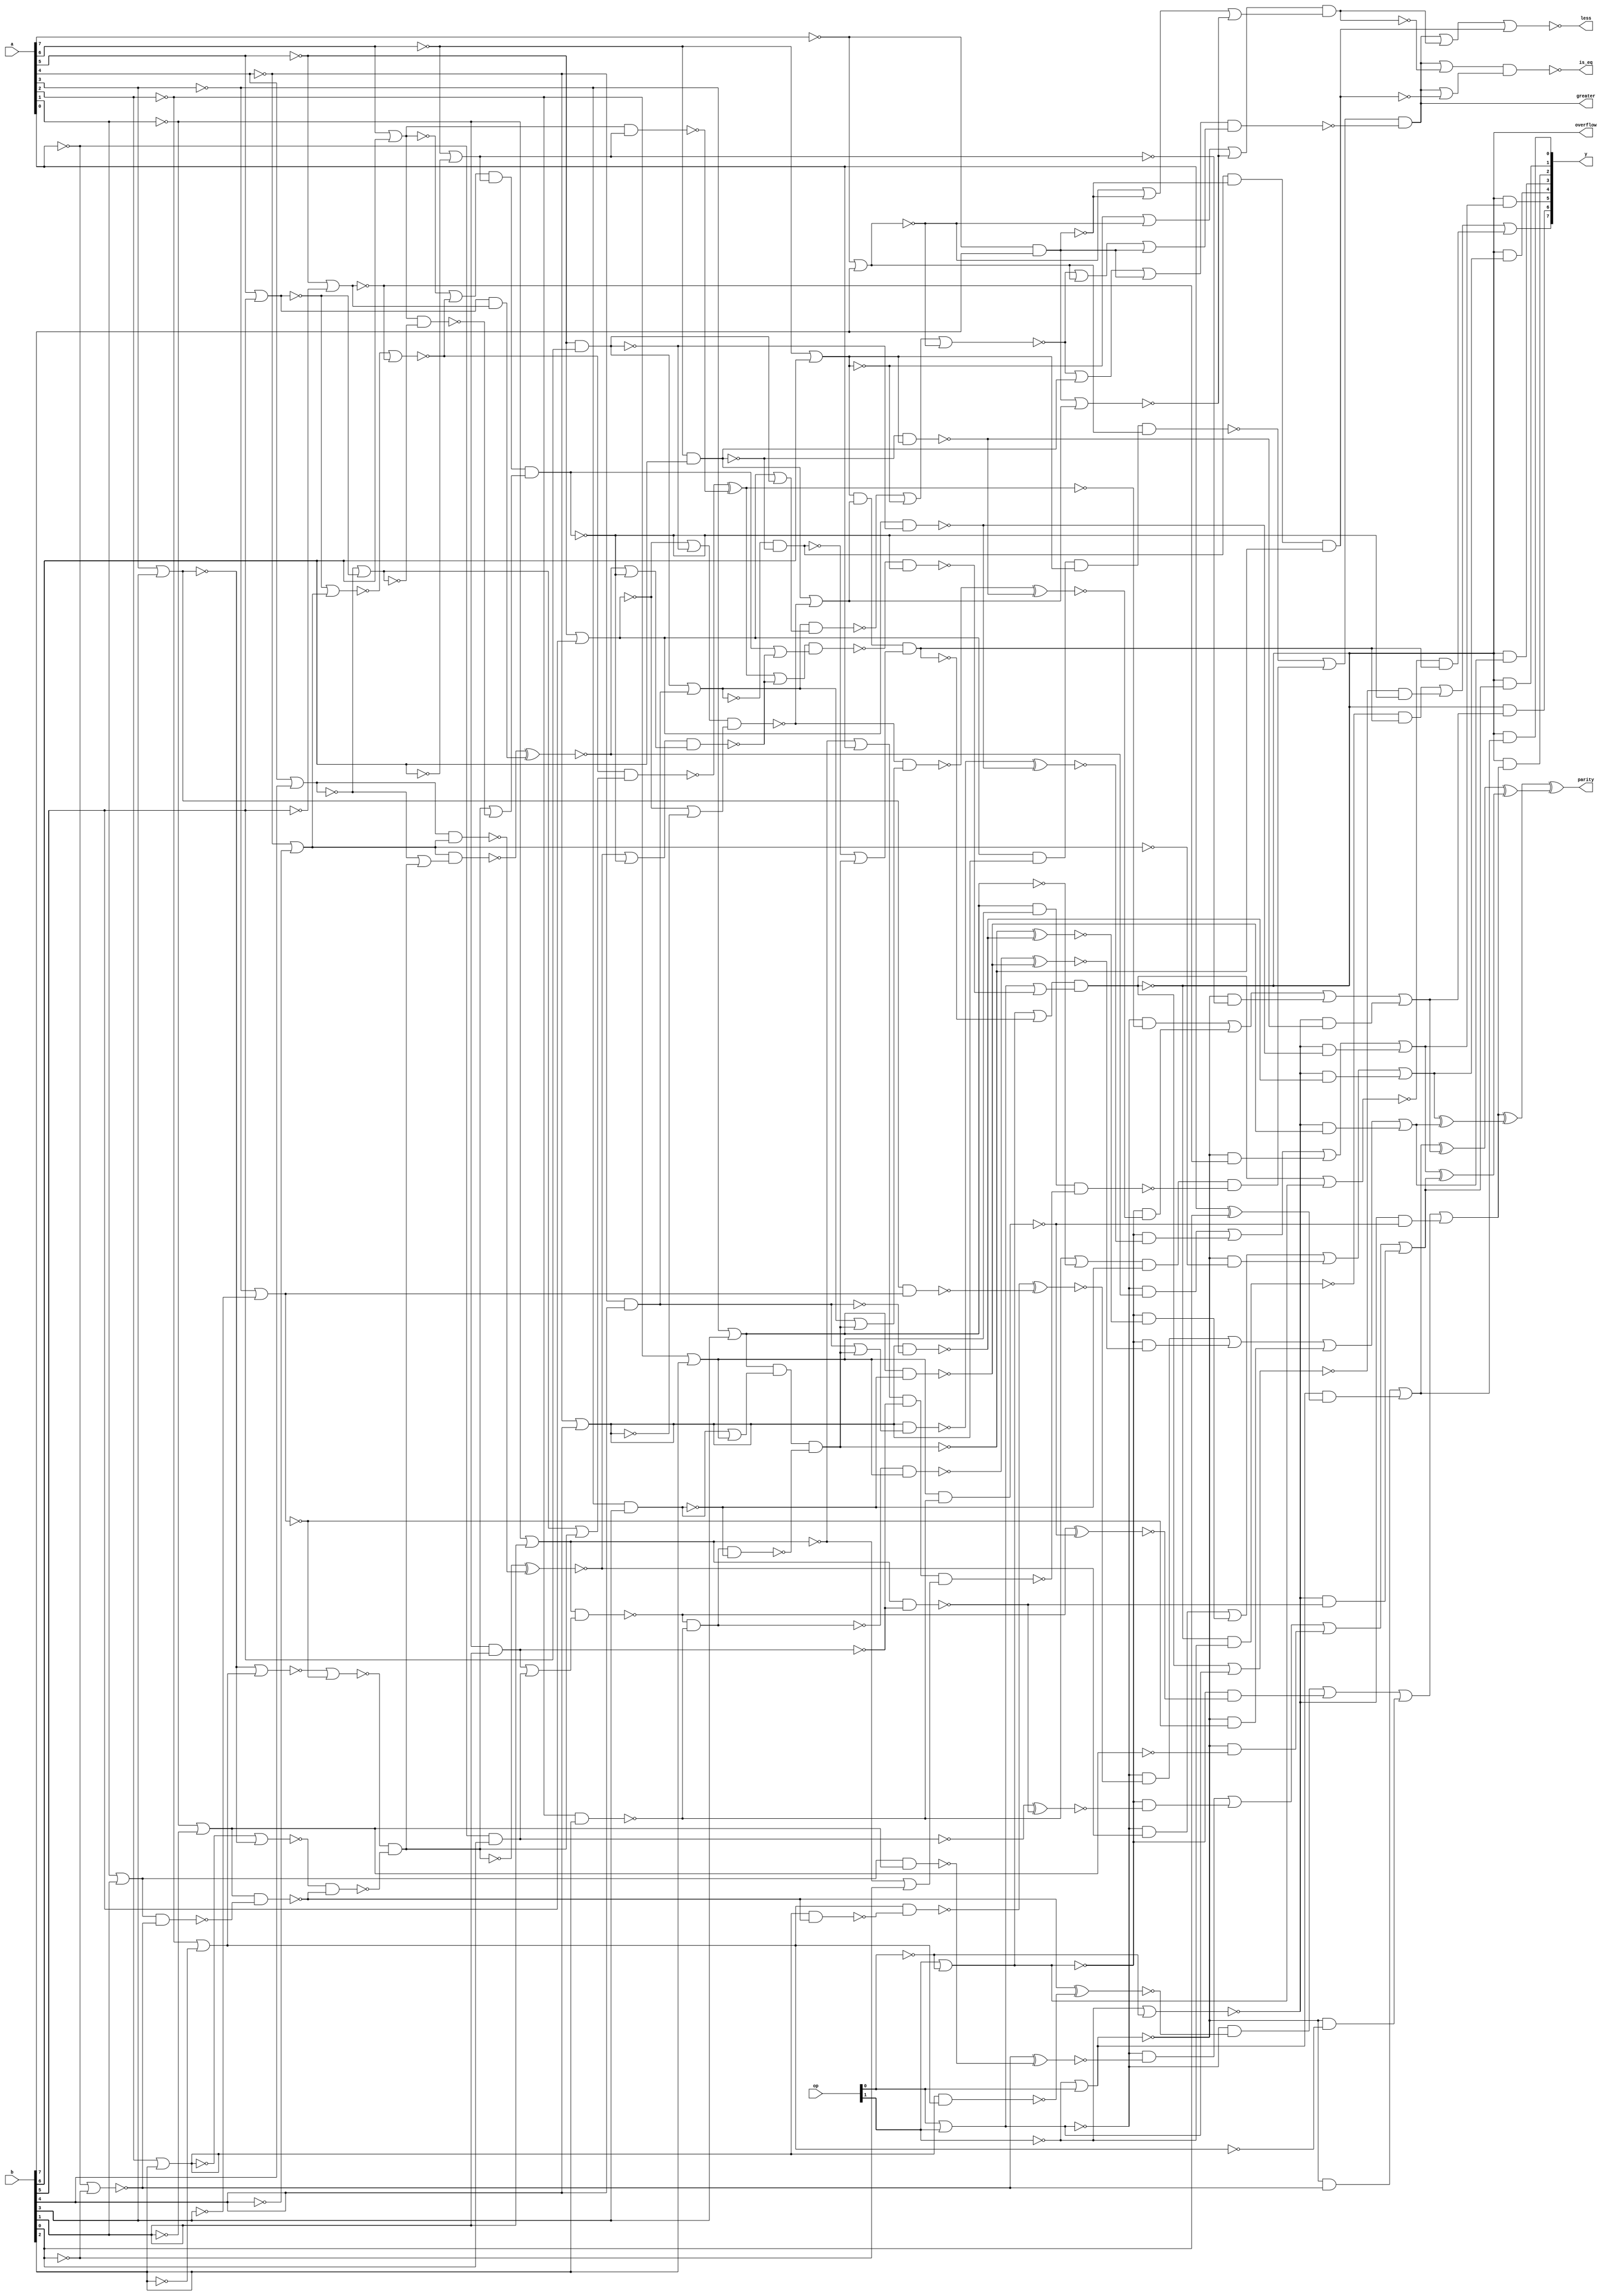
//
// Conformal-LEC: Version 11.10-d208 (10-Mar-2012) (64 bit executable)
//
module top(a, b, op, y, parity, overflow, greater, is_eq, less);

output parity, overflow, greater, is_eq, less;
input   [7:0] a;
input   [7:0] b;
input   [1:0] op;
output  [7:0] y;
wire  \mux_44_12_g156/w_0 , \mux_44_12_g156/w_1 , \mux_44_12_g156/w_2 , 
    \mux_temp_y_21_12_g792/w_0 , \mux_temp_y_21_12_g792/w_1 , 
    \mux_temp_y_21_12_g19/w_0 , \mux_temp_y_21_12_g19/w_1 , 
    \mux_temp_y_21_12_g19/w_2 , \mux_temp_y_21_12_g19/w_3 , 
    \mux_temp_y_21_12_g18/w_0 , \mux_temp_y_21_12_g18/w_1 , 
    \mux_temp_y_21_12_g18/w_2 , \mux_temp_y_21_12_g18/w_3 , 
    \mux_temp_y_21_12_g17/w_0 , \mux_temp_y_21_12_g17/w_1 , 
    \mux_temp_y_21_12_g17/w_2 , \mux_temp_y_21_12_g17/w_3 , 
    \mux_temp_y_21_12_g16/w_0 , \mux_temp_y_21_12_g16/w_1 , 
    \mux_temp_y_21_12_g16/w_2 , \mux_temp_y_21_12_g16/w_3 , 
    \mux_temp_y_21_12_g15/w_0 , \mux_temp_y_21_12_g15/w_1 , 
    \mux_temp_y_21_12_g15/w_2 , \mux_temp_y_21_12_g15/w_3 , 
    \mux_temp_y_21_12_g10/w_0 , \mux_temp_y_21_12_g10/w_1 , 
    \mux_temp_y_21_12_g10/w_2 , \mux_temp_y_21_12_g10/w_3 , sub_29_29_n_1105, 
    sub_29_29_n_1103, sub_29_29_n_320, sub_29_29_n_69, sub_29_29_n_66, 
    sub_29_29_n_63, sub_29_29_n_59, sub_29_29_n_54, sub_29_29_n_37, 
    sub_29_29_n_32, n_1123, n_1114, n_1113, n_1112, n_1111, n_1106, n_1104, 
    n_1102, n_1101, n_1099, n_1098, n_1097, n_1096, n_1095, n_988, n_987, 
    n_986, n_985, n_984, n_983, n_982, n_981, n_980, n_979, n_978, n_977, 
    n_976, n_975, n_974, n_973, n_972, n_971, n_970, n_969, n_968, n_967, 
    n_966, n_965, n_964, n_963, n_962, n_961, n_960, n_959, n_958, n_957, 
    n_956, n_955, n_954, n_953, n_952, n_951, n_950, n_949, n_948, n_947, 
    n_946, n_945, n_944, n_943, n_942, n_940, n_939, n_938, n_937, n_936, 
    n_935, n_934, n_933, n_932, n_931, n_930, n_929, n_928, n_927, n_926, 
    n_925, n_924, n_923, n_922, n_921, n_920, n_919, n_918, n_917, n_916, 
    n_915, n_914, n_913, n_912, n_911, n_910, n_909, n_908, n_907, n_906, 
    n_905, n_904, n_903, n_902, n_901, n_900, n_898, n_897, n_895, n_894, 
    n_892, n_891, n_890, n_889, n_888, n_887, n_886, n_885, n_884, n_883, 
    n_882, n_881, n_880, n_878, n_877, n_876, n_875, n_874, n_873, n_872, 
    n_871, n_870, n_869, n_867, n_866, n_865, n_864, n_863, n_862, n_861, 
    n_860, n_859, n_858, n_857, n_856, n_840, n_827, n_806, n_805, n_620, 
    n_619, n_618, n_617, n_616, n_615, n_437, n_436, n_435, n_431, n_429, 
    n_428, n_419, n_416, n_415, n_397, n_395, n_379, n_367, n_323, n_318, 
    n_308, n_301, n_300, n_298, n_136, n_135, n_133, n_132, n_131, n_130, 
    n_129, n_77, n_76, n_75, n_74, n_73, n_43, n_41, n_39, n_38, n_37, n_35, 
    n_34, n_33, n_31, n_30, n_29, n_26, n_25, n_23, n_22, n_21, n_19, n_18, 
    n_17, n_16, gt_39_12_n_57, gt_39_12_n_52, gt_39_12_n_46, gt_25_24_n_35, 
    add_24_29_n_1115, add_24_29_n_57, add_24_29_n_55, add_24_29_n_53, 
    add_24_29_n_51, add_24_29_n_50, add_24_29_n_49, add_24_29_n_48, 
    add_24_29_n_47, add_24_29_n_43, add_24_29_n_39, add_24_29_n_37, 
    add_24_29_n_33, add_24_29_n_27, less, is_eq, greater, overflow, parity;
wire  \mux_44_12_g156/data0 ;
wire   [7:0] y;
wire   [1:0] op;
wire   [7:0] b;
wire   [7:0] a;
  assign \mux_44_12_g156/data0  = 1'b0;
  or \mux_44_12_g156/org (y[7], \mux_44_12_g156/w_0 , \mux_44_12_g156/w_1 , 
    \mux_44_12_g156/w_2 );
  and \mux_44_12_g156/a_2 (\mux_44_12_g156/w_2 , n_988, n_43);
  and \mux_44_12_g156/a_1 (\mux_44_12_g156/w_1 , n_987, n_41);
  and \mux_44_12_g156/a_0 (\mux_44_12_g156/w_0 , n_986, n_43 );
  or \mux_temp_y_21_12_g792/org (n_129, \mux_temp_y_21_12_g792/w_0 , 
    \mux_temp_y_21_12_g792/w_1 );
  and \mux_temp_y_21_12_g792/a_1 (\mux_temp_y_21_12_g792/w_1 , n_805, n_16);
  and \mux_temp_y_21_12_g792/a_0 (\mux_temp_y_21_12_g792/w_0 , n_318, n_1114);
  or \mux_temp_y_21_12_g19/org (n_136, \mux_temp_y_21_12_g19/w_0 , 
    \mux_temp_y_21_12_g19/w_1 , \mux_temp_y_21_12_g19/w_2 , 
    \mux_temp_y_21_12_g19/w_3 );
  and \mux_temp_y_21_12_g19/a_3 (\mux_temp_y_21_12_g19/w_3 , n_301, n_616);
  and \mux_temp_y_21_12_g19/a_2 (\mux_temp_y_21_12_g19/w_2 , n_318, n_35);
  and \mux_temp_y_21_12_g19/a_1 (\mux_temp_y_21_12_g19/w_1 , n_1095, n_34);
  and \mux_temp_y_21_12_g19/a_0 (\mux_temp_y_21_12_g19/w_0 , n_1111, n_33);
  or \mux_temp_y_21_12_g18/org (n_135, \mux_temp_y_21_12_g18/w_0 , 
    \mux_temp_y_21_12_g18/w_1 , \mux_temp_y_21_12_g18/w_2 , 
    \mux_temp_y_21_12_g18/w_3 );
  and \mux_temp_y_21_12_g18/a_3 (\mux_temp_y_21_12_g18/w_3 , n_301, n_615);
  and \mux_temp_y_21_12_g18/a_2 (\mux_temp_y_21_12_g18/w_2 , n_318, n_39);
  and \mux_temp_y_21_12_g18/a_1 (\mux_temp_y_21_12_g18/w_1 , n_1095, n_38);
  and \mux_temp_y_21_12_g18/a_0 (\mux_temp_y_21_12_g18/w_0 , n_1111, n_37);
  or \mux_temp_y_21_12_g17/org (n_133, \mux_temp_y_21_12_g17/w_0 , 
    \mux_temp_y_21_12_g17/w_1 , \mux_temp_y_21_12_g17/w_2 , 
    \mux_temp_y_21_12_g17/w_3 );
  and \mux_temp_y_21_12_g17/a_3 (\mux_temp_y_21_12_g17/w_3 , n_301, n_620);
  and \mux_temp_y_21_12_g17/a_2 (\mux_temp_y_21_12_g17/w_2 , n_318, n_1113);
  and \mux_temp_y_21_12_g17/a_1 (\mux_temp_y_21_12_g17/w_1 , n_1095, n_26);
  and \mux_temp_y_21_12_g17/a_0 (\mux_temp_y_21_12_g17/w_0 , n_1111, n_25);
  or \mux_temp_y_21_12_g16/org (n_132, \mux_temp_y_21_12_g16/w_0 , 
    \mux_temp_y_21_12_g16/w_1 , \mux_temp_y_21_12_g16/w_2 , 
    \mux_temp_y_21_12_g16/w_3 );
  and \mux_temp_y_21_12_g16/a_3 (\mux_temp_y_21_12_g16/w_3 , n_301, n_619);
  and \mux_temp_y_21_12_g16/a_2 (\mux_temp_y_21_12_g16/w_2 , n_318, n_31);
  and \mux_temp_y_21_12_g16/a_1 (\mux_temp_y_21_12_g16/w_1 , n_1095, n_30);
  and \mux_temp_y_21_12_g16/a_0 (\mux_temp_y_21_12_g16/w_0 , n_1111, n_29);
  or \mux_temp_y_21_12_g15/org (n_131, \mux_temp_y_21_12_g15/w_0 , 
    \mux_temp_y_21_12_g15/w_1 , \mux_temp_y_21_12_g15/w_2 , 
    \mux_temp_y_21_12_g15/w_3 );
  and \mux_temp_y_21_12_g15/a_3 (\mux_temp_y_21_12_g15/w_3 , n_301, n_618);
  and \mux_temp_y_21_12_g15/a_2 (\mux_temp_y_21_12_g15/w_2 , n_318, n_23);
  and \mux_temp_y_21_12_g15/a_1 (\mux_temp_y_21_12_g15/w_1 , n_1095, n_22);
  and \mux_temp_y_21_12_g15/a_0 (\mux_temp_y_21_12_g15/w_0 , n_1111, n_21);
  or \mux_temp_y_21_12_g10/org (n_130, \mux_temp_y_21_12_g10/w_0 , 
    \mux_temp_y_21_12_g10/w_1 , \mux_temp_y_21_12_g10/w_2 , 
    \mux_temp_y_21_12_g10/w_3 );
  and \mux_temp_y_21_12_g10/a_3 (\mux_temp_y_21_12_g10/w_3 , n_301, n_617);
  and \mux_temp_y_21_12_g10/a_2 (\mux_temp_y_21_12_g10/w_2 , n_318, n_19);
  and \mux_temp_y_21_12_g10/a_1 (\mux_temp_y_21_12_g10/w_1 , n_1095, n_18);
  and \mux_temp_y_21_12_g10/a_0 (\mux_temp_y_21_12_g10/w_0 , n_1111, n_17);
  nor add_24_29_g10(add_24_29_n_33, a[3], b[3]);
  nor add_24_29_g12(add_24_29_n_43, a[4], b[4]);
  nor add_24_29_g14(add_24_29_n_39, a[5], b[5]);
  nor add_24_29_g16(add_24_29_n_50, a[6], b[6]);
  nor add_24_29_g23(add_24_29_n_48, n_880, n_1113);
  nor add_24_29_g24(add_24_29_n_47, add_24_29_n_37, add_24_29_n_33);
  nor add_24_29_g27(add_24_29_n_51, n_884, n_35);
  nor add_24_29_g28(add_24_29_n_55, add_24_29_n_43, add_24_29_n_39);
  nand add_24_29_g32(add_24_29_n_49, add_24_29_n_47, add_24_29_n_1115);
  nand add_24_29_g33(add_24_29_n_57, add_24_29_n_48, add_24_29_n_49);
  nor add_24_29_g34(add_24_29_n_53, add_24_29_n_50, add_24_29_n_51);
  xnor add_24_29_g48(n_17, n_1114, n_965);
  xnor add_24_29_g50(n_21, add_24_29_n_1115, n_966);
  xnor add_24_29_g53(n_25, n_972, n_970);
  xnor add_24_29_g55(n_29, add_24_29_n_57, n_969);
  xnor add_24_29_g58(n_33, n_979, n_968);
  nor add_24_29_g6(add_24_29_n_27, a[1], b[1]);
  xnor add_24_29_g60(n_37, n_978, n_967);
  nor add_24_29_g8(add_24_29_n_37, a[2], b[2]);
  xor g15(n_16, a[0], b[0]);
  xor g21(n_74, n_129, n_135);
  xor g22(n_75, n_136, n_130);
  xor g23(n_76, n_131, n_73);
  xor g24(n_77, n_74, n_75);
  xor g25(parity, n_76, n_77);
  xor g3(n_73, n_132, n_133);
  not gt_39_12_g10(greater, n_840);
  nand sub_29_29_g38(sub_29_29_n_54, sub_29_29_n_320, n_1104);
  nand sub_29_29_g46(sub_29_29_n_69, sub_29_29_n_63, n_300);
  xnor sub_29_29_g56(n_18, sub_29_29_n_37, n_617);
  xnor sub_29_29_g58(n_22, sub_29_29_n_320, n_618);
  xnor sub_29_29_g61(n_26, n_977, n_620);
  xnor sub_29_29_g63(n_30, sub_29_29_n_1105, n_619);
  xnor sub_29_29_g66(n_34, n_985, n_616);
  xnor sub_29_29_g68(n_38, n_984, n_615);
  not sub_29_29_g9(n_43, sub_29_29_n_32);
  nor g251(n_395, n_916, n_1096, gt_39_12_n_57);
  nor g287(n_419, n_1102, a[0]);
  nor g298(n_429, n_1096, gt_39_12_n_57, n_397);
  nor g299(n_428, gt_39_12_n_57, n_323, n_397);
  nor g303(n_431, n_1104, gt_39_12_n_46);
  not g793(n_805, n_318);
  not g904(n_872, a[7]);
  not g907(n_875, add_24_29_n_33);
  not g915(n_881, n_1113);
  not g916(n_882, add_24_29_n_37);
  not g931(n_891, gt_39_12_n_52);
  not g933(n_892, n_308);
  nor g936(gt_39_12_n_57, n_872, b[7]);
  not g937(n_894, gt_39_12_n_57);
  nand g938(n_895, n_891, n_892, n_1097, n_894);
  not g942(n_897, n_431);
  not g949(n_901, n_419);
  nor g952(n_903, n_1102, n_871);
  not g953(n_904, n_903);
  nand g954(n_905, n_901, sub_29_29_n_1103, n_904);
  nand g955(n_906, n_1098, n_1101, n_905);
  nand g956(n_907, n_897, n_1099, n_906);
  not g957(n_908, n_907);
  nor g958(n_909, n_895, n_908);
  not g959(n_910, n_909);
  not g965(n_913, sub_29_29_n_63);
  nor g966(n_914, n_891, n_911);
  not g967(n_915, n_914);
  nand g968(n_916, n_913, n_915);
  nand g971(n_323, n_872, b[7]);
  not g972(n_918, n_323);
  nor g973(n_919, n_395, n_917, n_918);
  not g974(n_920, n_919);
  nor g975(n_921, n_395, n_894, n_918);
  not g976(n_922, n_921);
  nand g977(n_923, n_920, n_922);
  nand g978(n_840, n_910, n_923);
  not g985(n_928, sub_29_29_n_69);
  nor g992(n_397, n_918, n_932);
  not g993(n_933, n_429);
  not g994(n_934, n_428);
  nand g995(n_367, n_933, n_934);
  not g996(n_935, n_367);
  nor g997(n_936, greater, n_367);
  not g998(n_937, n_936);
  nand g1004(n_379, n_928, n_323, sub_29_29_n_1105);
  not g1005(n_942, n_379);
  nor g1006(n_943, greater, n_379);
  not g1007(n_944, n_943);
  nand g1008(is_eq, n_937, n_944);
  nor g1009(less, greater, n_935, n_942);
  nor g1036(n_318, n_1123, op[0]);
  nor g1037(n_301, n_1123, n_869);
  nand g1038(n_965, n_888, n_887);
  nand g1039(n_966, n_882, n_1112);
  nand g1041(n_615, n_300, n_1097);
  nand g1043(n_616, n_891, n_298);
  nand g1044(n_617, n_900, sub_29_29_n_1103);
  nand g1045(n_618, n_1101, n_1104);
  nand g1047(n_619, n_892, sub_29_29_n_66);
  nand g1048(n_970, n_875, n_881);
  nand g1049(n_620, n_1098, n_1099);
  nand g1050(n_971, n_882, add_24_29_n_1115);
  nand g1051(n_972, n_1112, n_971);
  nand g1056(n_977, sub_29_29_n_54, n_1101);
  nor g1059(n_980, n_913, n_1106);
  not g1060(n_981, n_980);
  nor g1061(n_982, n_912, n_1106);
  not g1062(n_983, n_982);
  nand g1063(n_984, sub_29_29_n_59, n_981);
  nand g1064(n_985, n_892, n_983);
  not g901(n_869, op[0]);
  nor g1029(n_1095, op[1], n_869);
  not g1030(n_960, n_1095);
  not g895(n_863, a[6]);
  nor g934(n_1096, n_863, b[6]);
  not g935(n_1097, n_1096);
  nand g969(n_300, n_863, b[6]);
  not g970(n_917, n_300);
  not g893(n_861, a[5]);
  nor g930(gt_39_12_n_52, n_861, b[5]);
  nand g960(n_298, n_861, b[5]);
  nor g282(n_416, gt_39_12_n_52, n_298);
  not g987(n_930, n_416);
  not g891(n_859, a[4]);
  nor g932(n_308, n_859, b[4]);
  nor g283(n_415, gt_39_12_n_52, n_308);
  not g988(n_931, n_415);
  nand g989(sub_29_29_n_59, n_930, n_931);
  nor g990(n_827, n_917, sub_29_29_n_59);
  not g991(n_932, n_827);
  not g961(n_911, n_298);
  nand g962(sub_29_29_n_66, n_859, b[4]);
  not g963(n_912, sub_29_29_n_66);
  nor g964(sub_29_29_n_63, n_911, n_912);
  not g889(n_857, a[3]);
  nor g940(gt_39_12_n_46, n_857, b[3]);
  not g941(n_1098, gt_39_12_n_46);
  nand g943(n_1099, n_857, b[3]);
  not g944(n_898, n_1099);
  not g899(n_867, a[2]);
  nor g945(n_806, n_867, b[2]);
  not g946(n_1101, n_806);
  nor g999(n_938, n_898, n_1101);
  not g1000(n_939, n_938);
  not g897(n_865, a[1]);
  nor g947(n_1102, n_865, b[1]);
  not g948(n_900, n_1102);
  nand g950(sub_29_29_n_1103, n_865, b[1]);
  not g951(n_902, sub_29_29_n_1103);
  not g902(n_870, a[0]);
  nand g979(sub_29_29_n_37, n_870, b[0]);
  not g980(n_924, sub_29_29_n_37);
  nor g981(n_925, n_902, n_924);
  not g982(n_926, n_925);
  nand g983(sub_29_29_n_320, n_900, n_926);
  nand g939(n_1104, n_867, b[2]);
  not g984(n_927, sub_29_29_n_54);
  nand g1001(n_940, n_927, n_1099);
  nand g1002(sub_29_29_n_1105, n_1098, n_939, n_940);
  not g1003(n_1106, sub_29_29_n_1105);
  nor g1010(n_945, sub_29_29_n_69, n_1106);
  not g1011(n_946, n_945);
  nand g1012(sub_29_29_n_32, n_1097, n_932, n_946);
  nor g1031(n_961, n_960, sub_29_29_n_32);
  not g1032(n_962, n_961);
  nor g108(n_1111, op[0], op[1]);
  not g986(n_929, n_1111);
  not g890(n_858, b[4]);
  nor g917(n_31, n_859, n_858);
  not g918(n_883, n_31);
  nor g919(n_884, add_24_29_n_39, n_883);
  not g892(n_860, b[5]);
  nor g920(n_35, n_861, n_860);
  not g922(n_886, add_24_29_n_55);
  not g898(n_866, b[2]);
  nor g911(n_23, n_867, n_866);
  not g912(n_1112, n_23);
  nor g913(n_880, add_24_29_n_33, n_1112);
  not g888(n_856, b[3]);
  nor g914(n_1113, n_857, n_856);
  not g896(n_864, b[1]);
  nor g923(n_19, n_865, n_864);
  not g924(n_887, n_19);
  not g925(n_888, add_24_29_n_27);
  not g903(n_871, b[0]);
  nor g926(n_1114, n_870, n_871);
  nand g927(n_889, n_888, n_1114);
  nand g928(add_24_29_n_1115, n_887, n_889);
  not g1013(n_947, add_24_29_n_57);
  nor g1052(n_973, n_886, n_947);
  not g1053(n_974, n_973);
  nand g1057(n_978, add_24_29_n_51, n_974);
  not g910(n_878, add_24_29_n_50);
  not g894(n_862, b[6]);
  nor g1014(n_39, n_863, n_862);
  not g1015(n_948, n_39);
  nand g1040(n_967, n_878, n_948);
  not g905(n_873, n_37);
  not g908(n_876, add_24_29_n_43);
  nand g1046(n_969, n_876, n_883);
  not g929(n_890, add_24_29_n_53);
  nand g1016(n_949, n_878, add_24_29_n_55);
  nor g1017(n_950, n_947, n_949);
  not g1018(n_951, n_950);
  nand g1019(n_41, n_890, n_948, n_951);
  nor g307(n_436, n_29, n_41);
  not g1021(n_953, n_436);
  nor g1054(n_975, add_24_29_n_43, n_947);
  not g1055(n_976, n_975);
  nand g1058(n_979, n_883, n_976);
  not g909(n_877, add_24_29_n_39);
  not g921(n_885, n_35);
  and g1042(n_968, n_877, n_885);
  nor g308(n_435, n_33, n_41);
  not g1022(n_954, n_435);
  nand g1023(n_437, n_953, n_954);
  nor g1024(n_955, n_873, n_437);
  not g1025(n_956, n_955);
  not g1020(n_952, n_41);
  nor g1026(n_957, n_952, n_437);
  not g1027(n_958, n_957);
  nand g1028(n_959, n_956, n_958);
  nand g498(gt_25_24_n_35, n_959, n_41);
  nor g1033(n_963, n_929, gt_25_24_n_35);
  not g1034(n_964, n_963);
  nand g1035(overflow, n_962, n_964);
  not g900(n_1123, op[1]);
  nand g1065(n_986, overflow, n_1123);
  not g906(n_874, overflow);
  nor g1066(n_987, n_874, n_929);
  nor g1067(n_988, n_874, n_960);
  and g1068(y[6], overflow, n_135);
  and g1069(y[5], overflow, n_136);
  and g1070(y[4], overflow, n_132);
  and g1071(y[3], overflow, n_133);
  and g1072(y[2], overflow, n_131);
  and g1073(y[1], overflow, n_130);
  and g1074(y[0], overflow, n_129);
endmodule